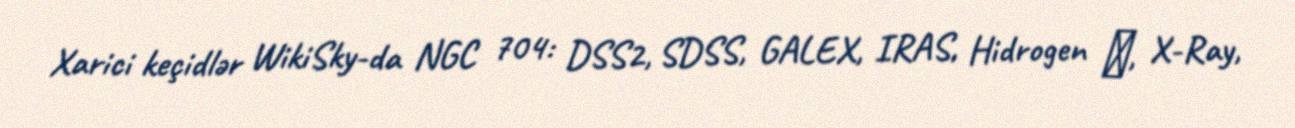
Xarici keçidlər WikiSky-da NGC 704: DSS2, SDSS, GALEX, IRAS, Hidrogen α, X-Ray,